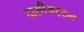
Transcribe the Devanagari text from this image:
दासीअट्ट्म